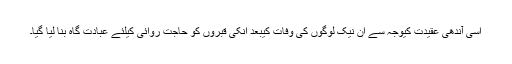
اسی آندھی عقیدت کیوجہ سے ان نیک لوگوں کی وفات کیبعد انکی قبروں کو حاجت روائی کیلئے عبادت گاہ بنا لیا گیا۔